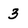
Character: 3